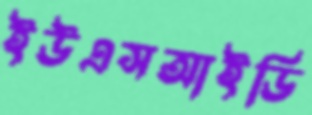
ইউএসআইডি